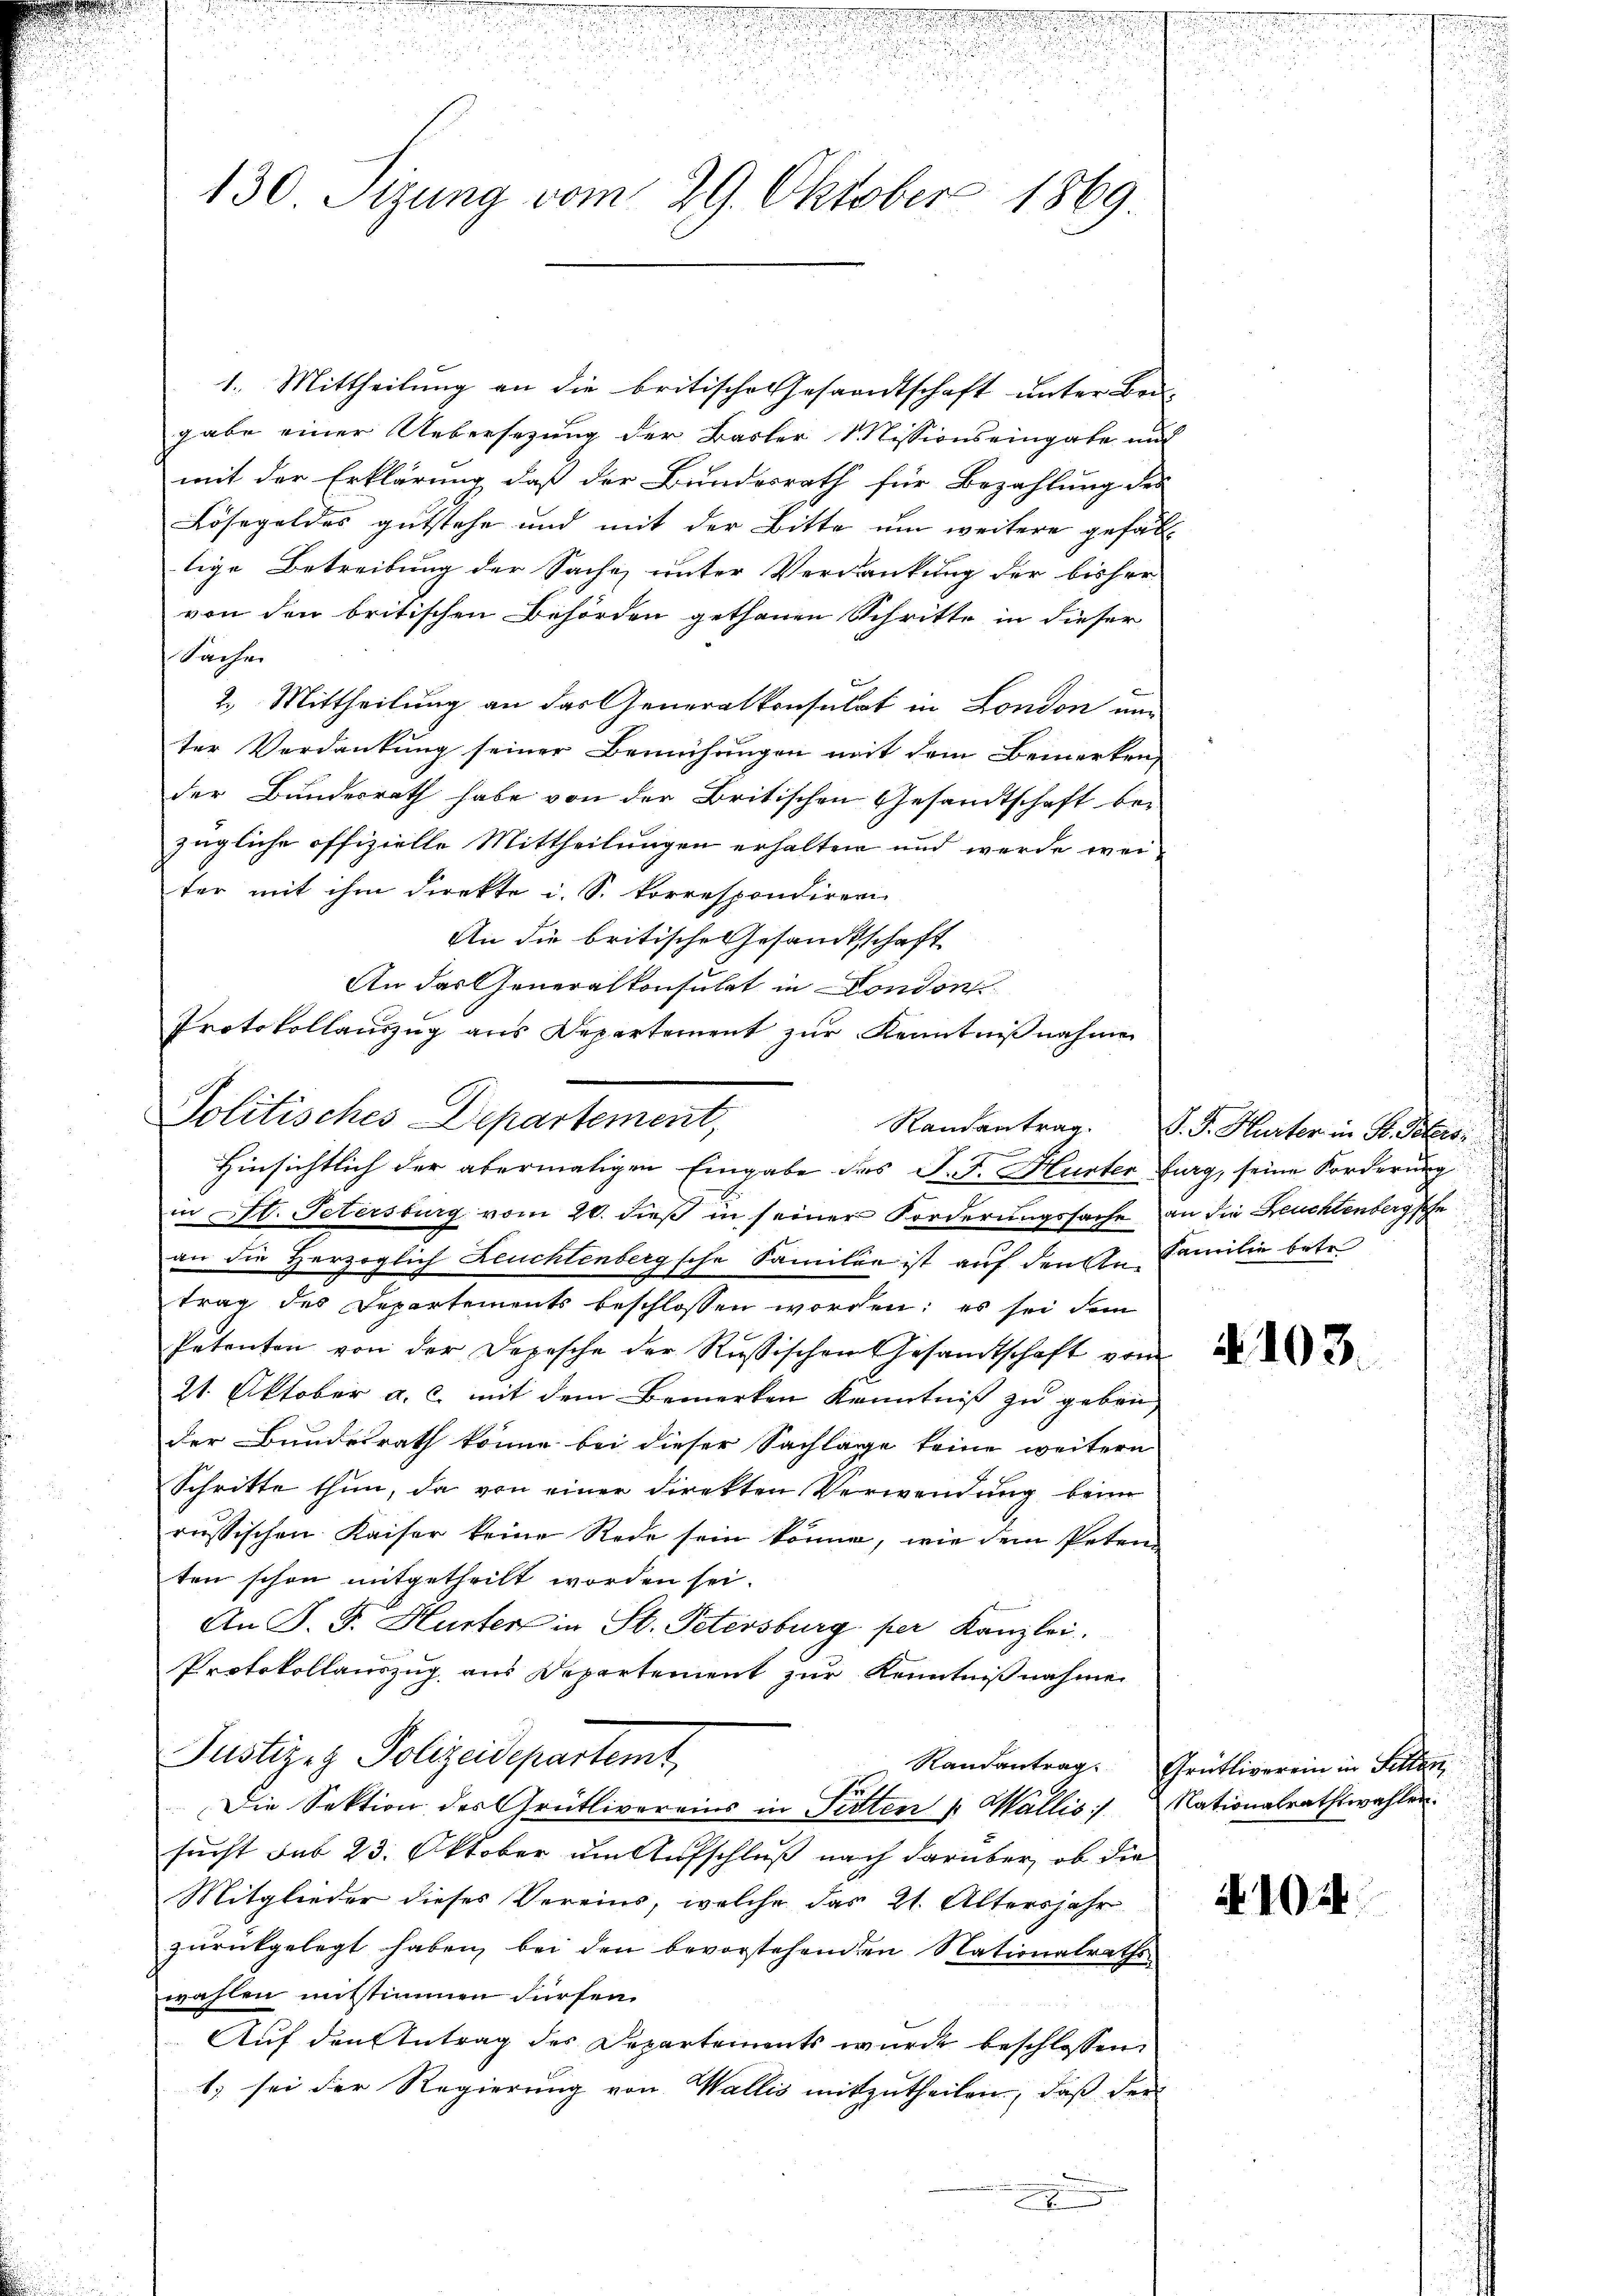
130 Sizung vom 29. Oktober 1869.

1. Mittheilung an die britische Gesandtschaft unter Bei-
gabe einer Uebersezung der Basler Missionseingabe auf
mit der Erklärung daß der Bundesrath für Bezahlung des
Lösegeldes gutstehe und mit der Bitte um weitere gefäll
lige Betreibung der Sache unter Verdankung der bisher
von den britischen Behörden gethanen Schritte in dieser
Sachen
2. Mittheilung an das Generalkonsulat in London un
ter Verdankung seiner Bemühungen mit dem Bemerken,
der Bundesrath habe von der Britischen Gesandtschaft bezügliche offizielle Mittheilungen erhalten und werde weiter mit ihm direkte i. S. korrespondiren
An die britische Gesandtschaft
An das Generalkonsulat in London
Protokollauszug aus Departement zŭr Kenntniβnahme

Politisches Departement,
Randantrag.
Hinsichtlich der abermaligen Eingabe des J. J. Hurter Burg, seine Forderung

in St. Petersburg vom 20. dieß in seiner Forderungssache an die Leuchtenbergsche
lche Familie ist auf den An Familie betr.
an die Herzoglich Leuchtenberg
h
trag des Departements beschlossen worden; es sei dem
Petenten von der Depesche der Russischen Gesandtschaft vom
21. Oktober a. c. mit dem Bemerken Kenntniß zu geben,
der Bundesrath könne bei dieser Sachlage keine weitern
Schritte thun, da von einer direkten Verwendung beim
russischen Kaiser keine Rede sein könne, wie dem Peten
ten schon mitgetheilt worden sei.
An P. F. Hurter in St. Petersburg per Kanzlei.
Protokollauszug aus Departement zur Kenntnißnahme

Justizez Polizeidepartemt
Die Sektion des Grütlivereins in Fisten Wallis Nationalrathswahlen.

sucht sub 23. Oktober um Aufschluß nach darüber, ob die
Mitglieder dieses Vereins, welche das 21. Altersjahr
zurückgelegt haben, bei den bevorstehenden Nationalraths
wahlen mitstimmen fürfen.
Auf den Antrag des Departements wurde beschlossen,
1. sei der Regierung von Wallis mitzutheilen, daß der
x

P. J. Hurter in Fr. Peters

N 103.

Randantrag. Grütliverein in Fellen,

A 102.